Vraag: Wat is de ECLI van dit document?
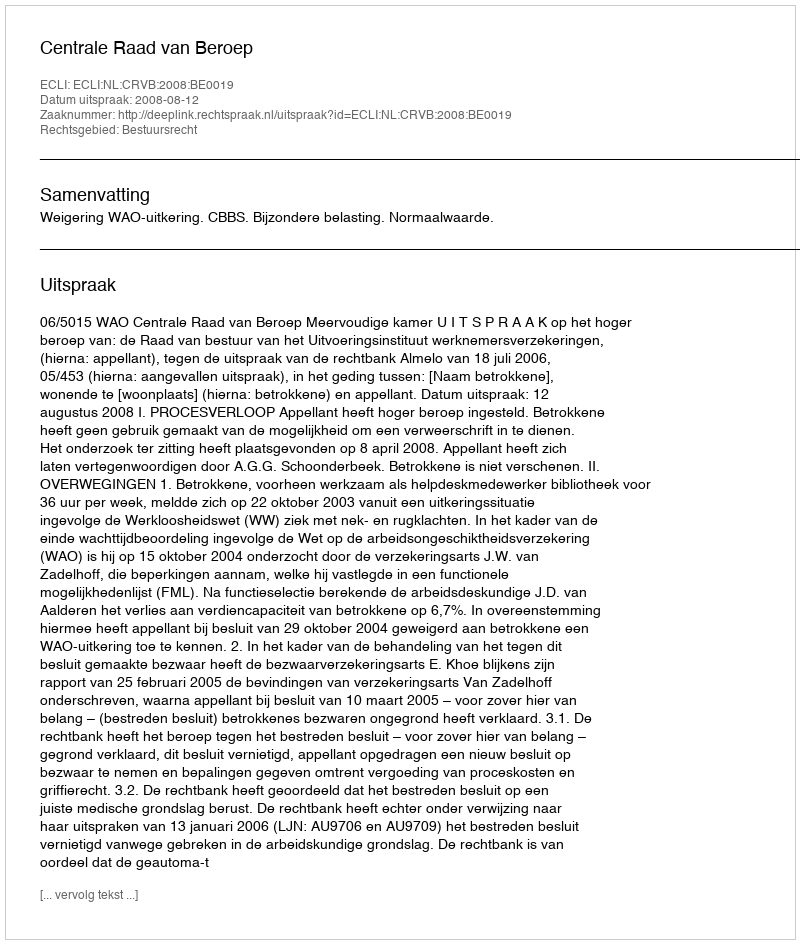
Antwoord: ECLI:NL:CRVB:2008:BE0019